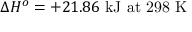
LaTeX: \Delta H ^ { o } = + 2 1 . 8 6 \ { \mathrm { k J ~ a t ~ 2 9 8 ~ K } }